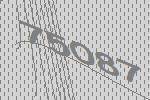
75087